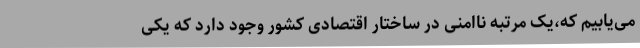
می‌یابیم که،یک مرتبه ناامنی در ساختار اقتصادی کشور وجود دارد که یکی